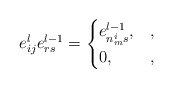
\begin{align*} e_{ij}^le_{rs}^{l-1} = \begin{cases} e_{n_m^is}^{l-1}, &,\\ 0, &, \end{cases}\end{align*}